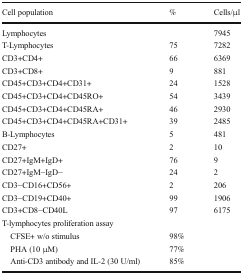
| Cell population | % | Cells/μl |
 | --- | --- | --- |
 | Lymphocytes |  | 7945 |
 | T-Lymphocytes | 75 | 7282 |
 | CD3+CD4+ | 66 | 6369 |
 | CD3+CD8+ | 9 | 881 |
 | CD45+CD3+CD4+CD31+ | 24 | 1528 |
 | CD45+CD3+CD4+CD45RO+ | 54 | 3439 |
 | CD45+CD3+CD4+CD45RA+ | 46 | 2930 |
 | CD45+CD3+CD4+CD45RA+CD31+ | 39 | 2485 |
 | B-Lymphocytes | 5 | 481 |
 | CD27+ | 2 | 10 |
 | CD27+IgM+IgD+ | 76 | 9 |
 | CD27+IgM−IgD− | 24 | 2 |
 | CD3−CD16+CD56+ | 2 | 206 |
 | CD3−CD19+CD40+ | 99 | 1906 |
 | CD3+CD8−CD40L | 97 | 6175 |
 | <COLSPAN=3> T-lymphocytes proliferation assay |
 | CFSE+ w/o stimulus | 98% |  |
 | PHA (10 μM) | 77% |  |
 | Anti-CD3 antibody and IL-2 (30 U/ml) | 85% |  |